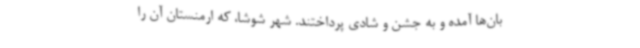
بان‌ها آمده و به جشن و شادی پرداختند. شهر شوشا، که ارمنستان آن را